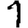
Digit: 1